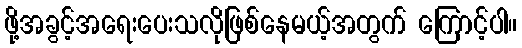
ဖို့အခွင့်အရေးပေးသလိုဖြစ်နေမယ့်အတွက် ကြောင့်ပါ။